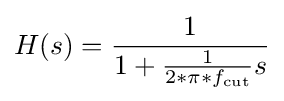
H(s)={\frac {1}{1+{\frac {1}{2*\pi *f_{\mathrm {cut} }}}s}}